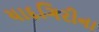
યાદગિરીના